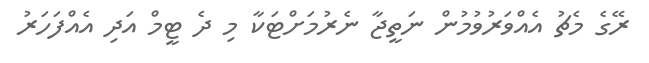
ރޭގެ މެޗު އެއްވަރުވުމުން ނަތީޖާ ނެރުމަށްޓަކާ މި ދެ ޓީމް އަދި އެއްފަހަރު